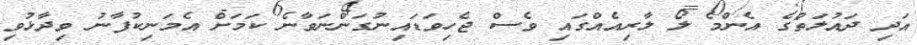
އަދި ދައުލަތުގެ އެންމެ ލޯ ލާރިއެއްގައި ވެސް ޖެހިވަޑައިނުގަންނަވާނެ ކަމަށް އެމަނިކުފާނު ވިދާޅުވި